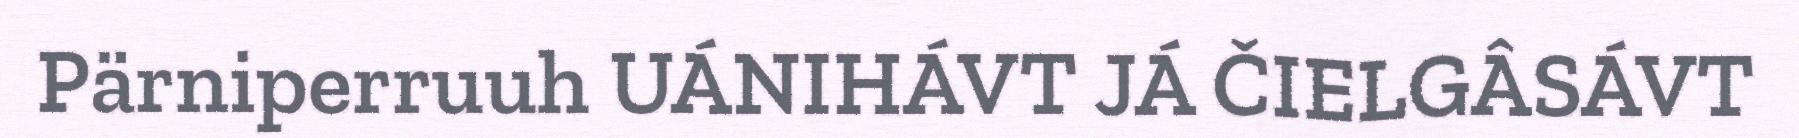
Pärniperruuh UÁNIHÁVT JÁ ČIELGÂSÁVT